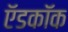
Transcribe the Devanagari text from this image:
ऍडकॉक